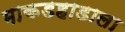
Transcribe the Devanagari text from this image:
माकडहाडाला